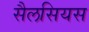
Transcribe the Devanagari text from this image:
सैलसियस